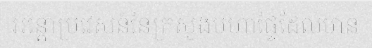
អន្តោប្រវេសន៍នៃក្រសួងមហាផ្ទៃដែលមាន